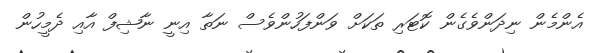
އެންމެން ނިދަންވެގެން ކޮޓަރި ތަކަށް ވަންފަހުންވެސް ނަތާ އިނީ ނާޝިފް އާއި ދެމީހުން